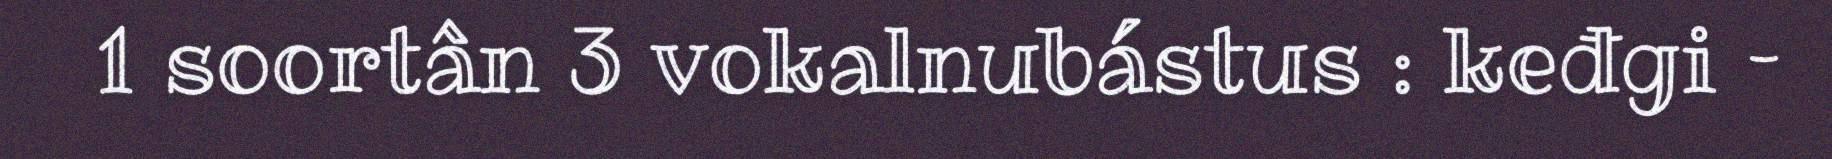
1 soortân 3 vokalnubástus : keđgi –